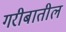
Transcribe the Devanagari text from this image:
गरीबातील